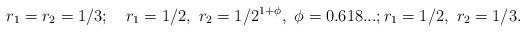
LaTeX: \begin{align*}r_1 = r_2 = 1/3;\quad r_1 = 1/2, ~r_2 = 1/2^{1+\phi}, ~\phi= 0.618...; r_1 = 1/2,~ r_2 = 1/3.\end{align*}